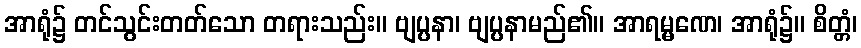
အာရုံ၌ တင်သွင်းတတ်သော တရားသည်း။ ဗျပ္ပနာ၊ ဗျပ္ပနာမည်၏။ အာရမ္မဏေ၊ အာရုံ၌။ စိတ္တံ၊